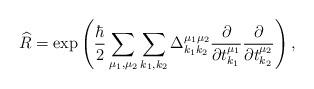
LaTeX: \begin{align*} \widehat{R} = \exp \left( \frac{\hbar}{2} \sum_{\mu_1, \mu_2} \sum_{k_1, k_2} \Delta^{\mu_1 \mu_2}_{k_1 k_2} \frac{\partial}{\partial t^{\mu_1}_{k_1}} \frac{\partial}{\partial t^{\mu_2}_{k_2}} \right),\end{align*}